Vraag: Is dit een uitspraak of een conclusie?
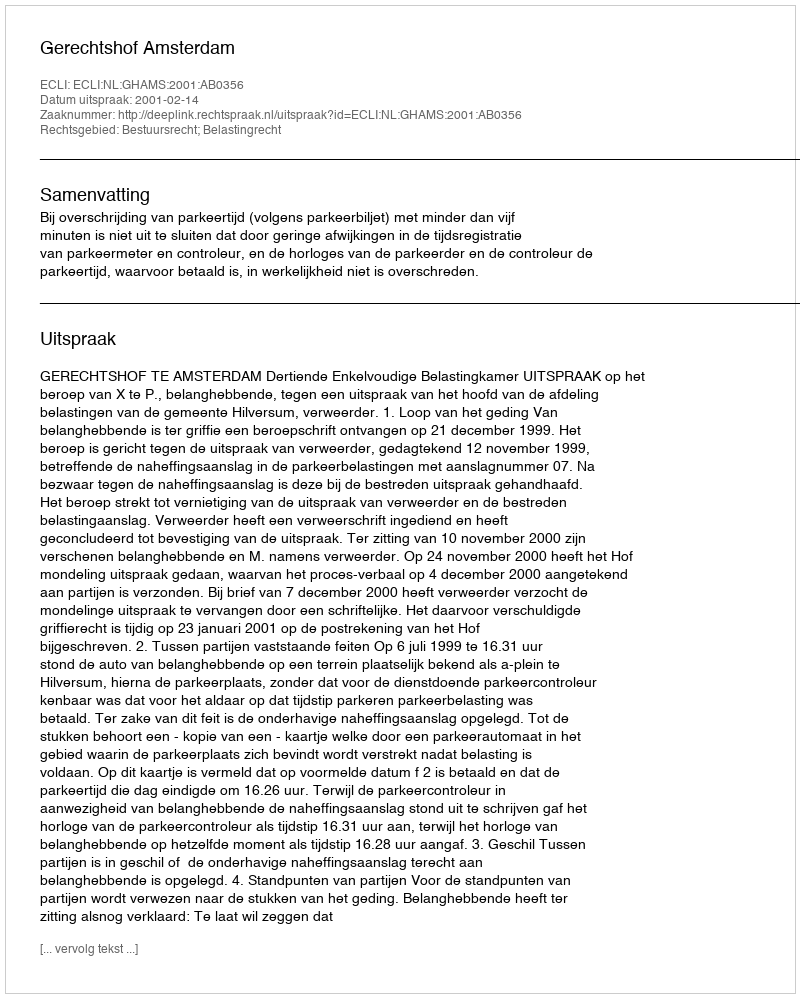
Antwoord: Uitspraak